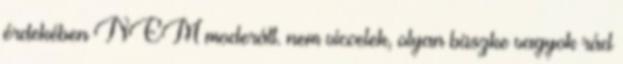
érdekében NEM moderált. nem viccelek, olyan büszke vagyok rád